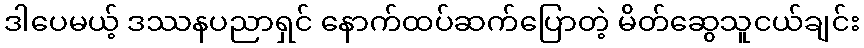
ဒါပေမယ့် ဒဿနပညာရှင် နောက်ထပ်ဆက်ပြောတဲ့ မိတ်ဆွေသူငယ်ချင်း